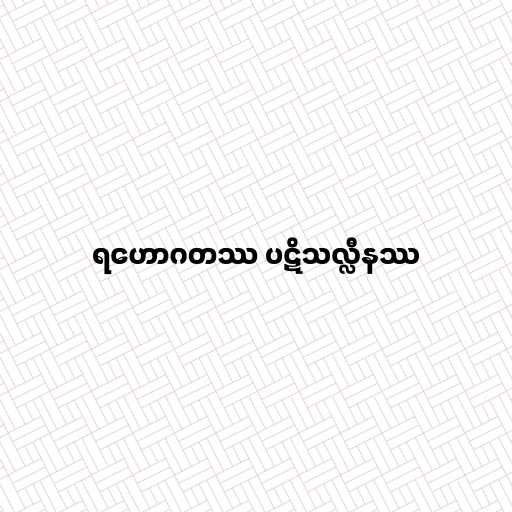
ရဟောဂတဿ ပဋိသလ္လီနဿ